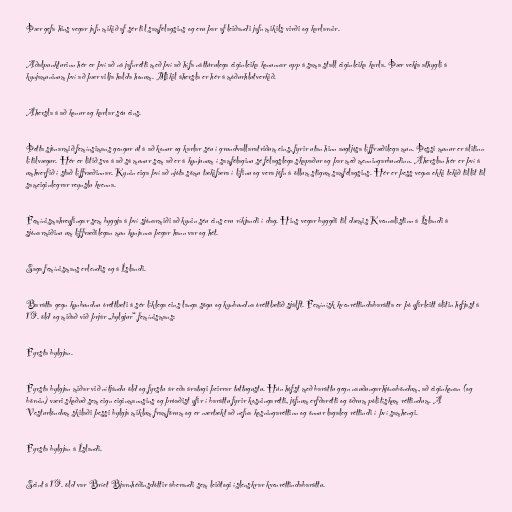
Þær gefa hins vegar jafn mikið af sér til samfélagsins og eru þar af leiðandi jafn mikils virði og karlarnir.

Aðalpunkturinn hér er því að ná jafnrétti með því að hífa náttúrulega eiginleika konunnar upp á sama stall eiginleika karla. Þær vekja athygli á
kynjamuninum því að þær vilja halda honum. Mikil áhersla er hér á móðurhlutverkið.

Áhersla á að konur og karlar séu eins.

Þetta sjónarmið femínsimans gengur út á að konur og karlar séu í grundvallaratriðum eins, fyrir utan hinn augljósa líffræðilega mun. Þessi munur er álitinn
lítilvægur. Hér er litið svo á að sá munur sem að er á kynjunum í samfélaginu sé félagslega skapaður og þar með menningarbundinn. Áherslan hér er því á
umhverfið í stað líffræðinnar. Kynin eiga því að njóta sömu tækifæra í lífinu og vera jöfn á öllum stigum samfélagsins. Hér er þess vegna ekki tekið tillit til
sameiginlegrar reynslu kvenna.

Femínismahreyfingar sem byggja á því sjónarmiði að kynin séu eins eru ríkjandi í dag. Hins vegar byggði til dæmis Kvennalistinn á Íslandi á
sjónarmiðinu um líffræðilegan mun kynjanna þegar hann var og hét.

Saga femínismans erlendis og á Íslandi.

Barátta gegn kynbundnu óréttlæti á sér líklega eins langa sögu og kynbundna óréttlætið sjálft. Femínísk kvenréttindabarátta er þó yfirleitt álitin hefjast á
19. öld og miðað við þrjár „bylgjur“ femínismans:

Fyrsta bylgjan.

Fyrsta bylgjan miðar við nítjándu öld og fyrstu ár eða áratugi þeirrar tuttugustu. Hún hófst með baráttu gegn nauðungarhjónaböndum, að eiginkonan (og
börnin) væri skoðuð sem eign eiginmannsins og þróaðist yfir í baráttu fyrir kosningarétti, jöfnum erfðarétti og öðrum pólitískum réttindum. Á
Vesturlöndum skilaði þessi bylgja miklum framförum og er nærtækt að nefna kosningaréttinn og önnur lagaleg réttindi í því samhengi.

Fyrsta bylgjan á Íslandi.

Seint á 19. öld var Bríet Bjarnhéðinsdóttir áberandi sem leiðtogi íslenskrar kvenréttindabaráttu.